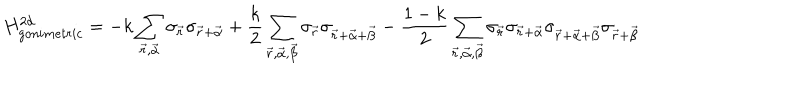
H _ { g o n i m e t r i c } ^ { 2 d } = - k \sum _ { \vec { r } , \vec { \alpha } } \sigma _ { \vec { r } } \sigma _ { \vec { r } + \vec { \alpha } } + \frac { k } { 2 } \sum _ { \vec { r } , \vec { \alpha } , \vec { \beta } } \sigma _ { \vec { r } } \sigma _ { \vec { r } + \vec { \alpha } + \vec { \beta } } - \frac { 1 - k } { 2 } \sum _ { \vec { r } , \vec { \alpha } , \vec { \beta } } \sigma _ { \vec { r } } \sigma _ { \vec { r } + \vec { \alpha } } \sigma _ { \vec { r } + \vec { \alpha } + \vec { \beta } } \sigma _ { \vec { r } + \vec { \beta } }